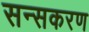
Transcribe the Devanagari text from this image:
सन्सकरण